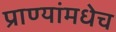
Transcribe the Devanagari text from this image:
प्राण्यांमधेच